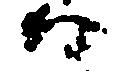
口